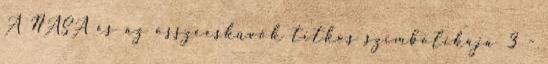
A NASA és az összeesküvők titkos szimbolikája 3 -